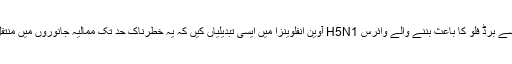
دونوں ٹیموں نے دو مختلف طریقوں سے برڈ فلو کا باعث بننے والے وائرس H5N1 آویَن انفلوینزا میں ایسی تبدیلیاں کیں کہ یہ خطرناک حد تک ممالیہ جانوروں میں منتقل ہو سکتا ہے اور پھیلتا چلا جاتا ہے۔